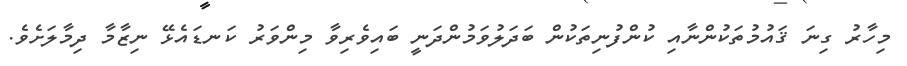
މިހާރު ގިނަ ޤައުމުތަކުންނާއި ކުންފުނިތަކުން ބަދަލުވަމުންދަނީ ބައިވެރިވާ މިންވަރު ކަނޑައެޅޭ ނިޒާމާ ދިމާލަށެވެ.